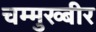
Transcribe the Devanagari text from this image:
चम्मुख्बीर